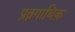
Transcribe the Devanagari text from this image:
प्रत्नगाथिक